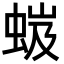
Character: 𧋏